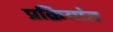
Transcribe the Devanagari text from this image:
प्रक्रियांत